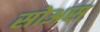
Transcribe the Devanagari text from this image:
सोअस